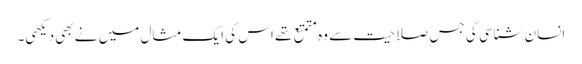
انسان شناسی کی جس صلاحیت سے وہ متمتع تھے اس کی ایک مثال میں نے بھی دیکھی۔